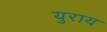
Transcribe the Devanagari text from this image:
युराय